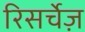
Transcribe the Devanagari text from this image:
रिसर्चेज़